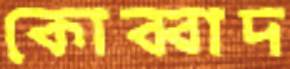
কোব্বাদ